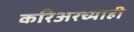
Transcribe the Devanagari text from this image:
करिअरच्याही